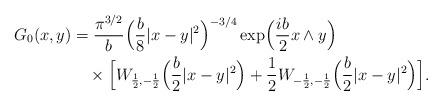
LaTeX: \begin{align*}G_0(x,y)&=\frac{\pi^{3/2}}{b}\Bigl(\frac{b}{8}|x-y|^2\Bigr)^{-3/4}\exp\Bigl(\frac{ib}{2}x\wedge y\Bigr)\\&\quad\times\Bigl[W_{\frac12,-\frac12}\Bigl(\frac{b}{2}|x-y|^2\Bigr)+\frac12W_{-\frac12,-\frac12}\Bigl(\frac{b}{2}|x-y|^2\Bigr)\Bigr].\end{align*}